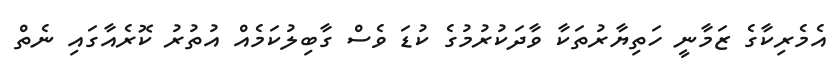
އެމެރިކާގެ ޒަމާނީ ހަތިޔާރުތަކާ ވާދަކުރުމުގެ ކުޑަ ވެސް ގާބިލުކަމެއް އުތުރު ކޮރެއާގައި ނެތް